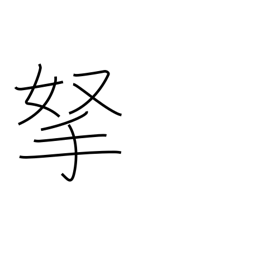
Meaning: catch